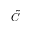
\tilde { C }